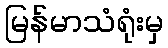
မြန်မာသံရုံးမှ